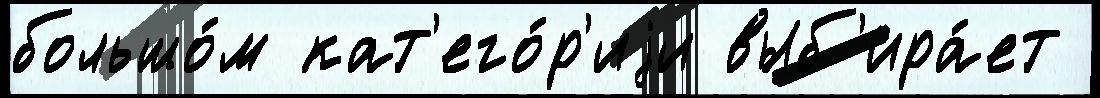
большо́м кат'его́р'иjи выб'ира́ет